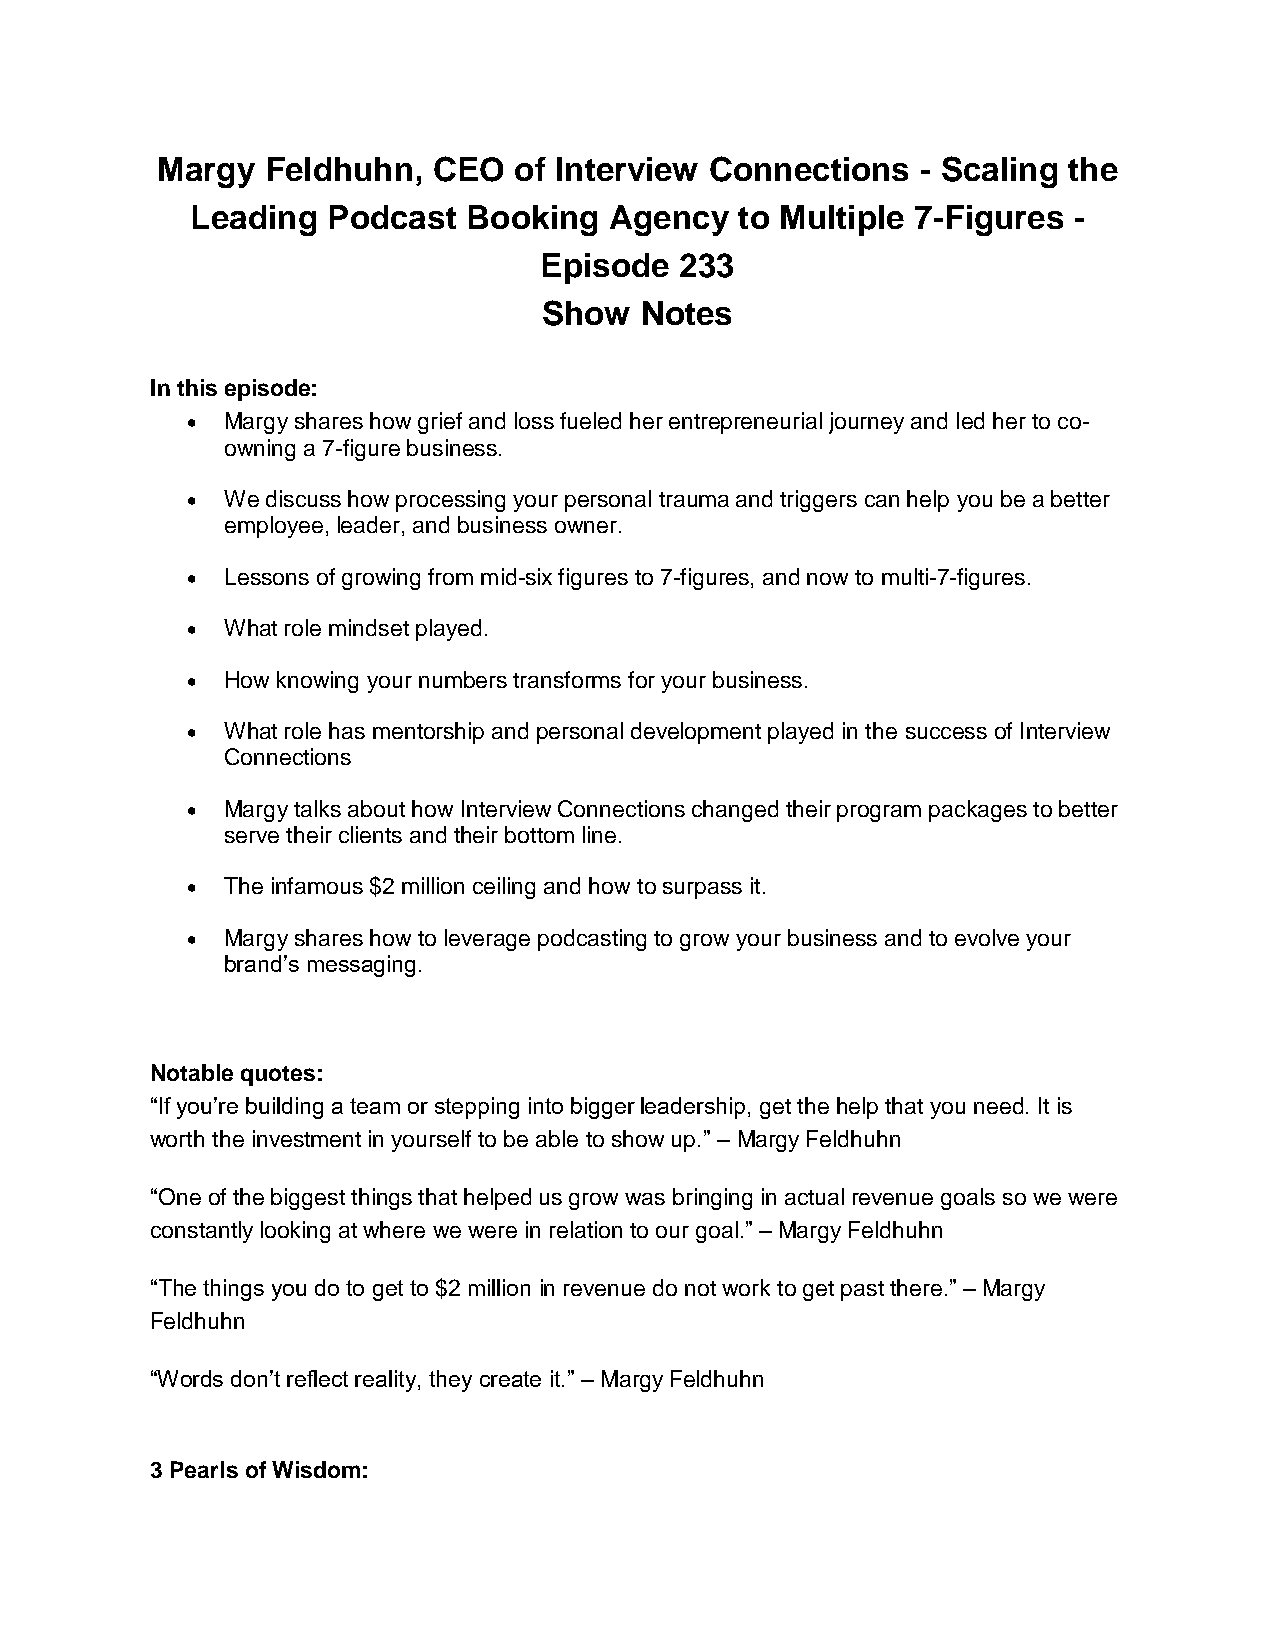
Margy   Feldhuhn,  CEO  of Interview Connections   - Scaling the
 Leading  Podcast  Booking  Agency   to Multiple 7-Figures -
 Episode  233
 Show  Notes
 In this episode:
   Margy shares how grief and loss fueled her entrepreneurial journey and led her to co-
 owning a 7-figure business.
   We discuss how processing your personal trauma and triggers can help you be a better
 employee, leader, and business owner.
   Lessons of growing from mid-six figures to 7-figures, and now to multi-7-figures.
   What role mindset played.
   How knowing your numbers transforms for your business.
   What role has mentorship and personal development played in the success of Interview
 Connections
   Margy talks about how Interview Connections changed their program packages to better
 serve their clients and their bottom line.
   The infamous $2 million ceiling and how to surpass it.
   Margy shares how to leverage podcasting to grow your business and to evolve your
 brand’s messaging.
 Notable quotes:
 “If you’re building a team or stepping into bigger leadership, get the help that you need. It is
 worth the investment in yourself to be able to show up.” – Margy Feldhuhn
 “One of the biggest things that helped us grow was bringing in actual revenue goals so we were
 constantly looking at where we were in relation to our goal.” – Margy Feldhuhn
 “The things you do to get to $2 million in revenue do not work to get past there.” – Margy
 Feldhuhn
 “Words don’t reflect reality, they create it.” – Margy Feldhuhn
 3 Pearls of Wisdom: